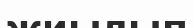
жиылып